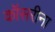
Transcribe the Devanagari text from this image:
कॉसरीना